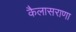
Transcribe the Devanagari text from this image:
कैलासराणा